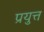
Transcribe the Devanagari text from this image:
प्रयुत्त